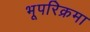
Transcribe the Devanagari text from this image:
भूपरिक्रमा